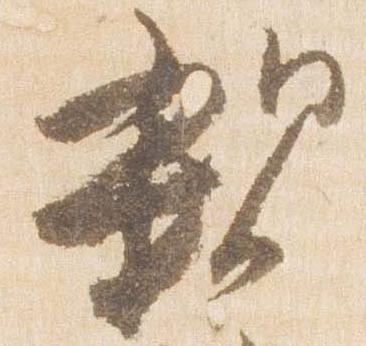
親